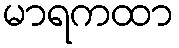
မာရကထာ